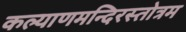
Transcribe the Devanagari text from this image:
कल्याणमन्दिरस्तोत्रम